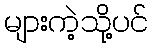
များကဲ့သို့ပင်